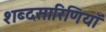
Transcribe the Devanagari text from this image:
शब्दसारिणियाँ